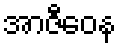
အာဇီဝေန